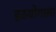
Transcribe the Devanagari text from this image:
हठयोगाला